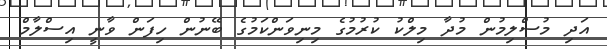
އަދި މުސްލިމުން މުދާ މިލްކު ކުރުމުގެ މިނިވަންކަމުގެ ބޭނުން ހިފަން ވާނީ އިސްލާމް